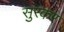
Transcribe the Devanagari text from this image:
सुरकर